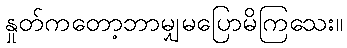
နှုတ်ကတော့ဘာမျှမပြောမိကြသေး။